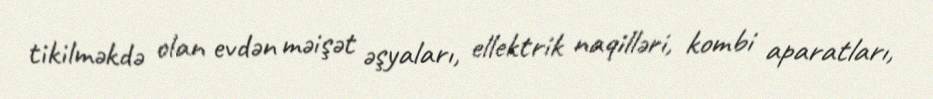
tikilməkdə olan evdən məişət əşyaları, ellektrik naqilləri, kombi aparatları,